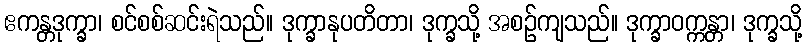
ဧကန္တဒုက္ခာ၊ စင်စစ်ဆင်းရဲသည်။ ဒုက္ခာနုပတိတာ၊ ဒုက္ခသို့ အစဉ်ကျသည်။ ဒုက္ခာဝက္ကန္တာ၊ ဒုက္ခသို့